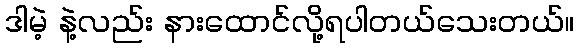
ဒါမဲ့ နဲ့လည်း နားထောင်လို့ရပါတယ်သေးတယ်။